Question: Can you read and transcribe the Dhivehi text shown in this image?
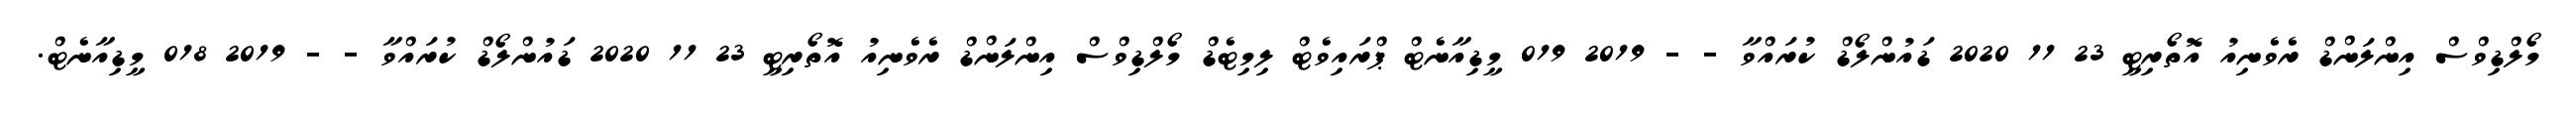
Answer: މޯލްޑިވްސް އިންލަންޑް ރެވެނިއު އޮތޯރިޓީ 23 11 2020 ޑައުންލޯޑް ކުރައްވާ - - 2019 019 މީޑިއާނެޓް ޕްރައިވެޓް ލިމިޓެޑް މޯލްޑިވްސް އިންލަންޑް ރެވެނިއު އޮތޯރިޓީ 23 11 2020 ޑައުންލޯޑް ކުރައްވާ - - 2019 018 މީޑިއާނެޓް.